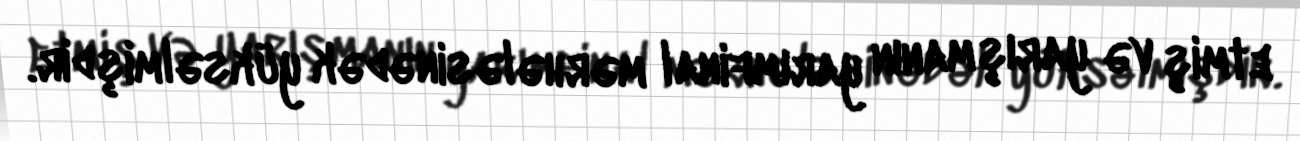
etmiş və yarışmanın yarımfinal mərhələsinədək yüksəlmişdir.